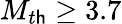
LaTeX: M_{t\mathsf{h}}\ge3.7